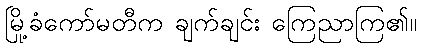
မြို့ခံကော်မတီက ချက်ချင်း ကြေညာကြ၏။